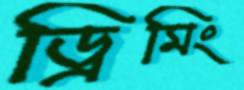
ড্রিমিং